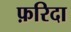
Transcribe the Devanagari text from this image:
फ़रिदा